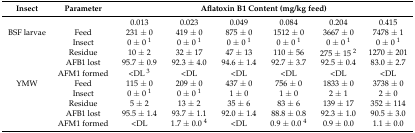
<table><thead><tr><td><b>Insect</b></td><td><b>Parameter</b></td><td colspan="6"><b>Aflatoxin B1 Content (mg/kg feed)</b></td></tr></thead><tbody><tr><td></td><td></td><td>0.013</td><td>0.023</td><td>0.049</td><td>0.084</td><td>0.204</td><td>0.415</td></tr><tr><td>BSF larvae</td><td>Feed</td><td>231 ± 0</td><td>419 ± 0</td><td>875 ± 0</td><td>1512 ± 0</td><td>3667 ± 0</td><td>7478 ± 1</td></tr><tr><td></td><td>Insect</td><td>0 ± 0 <sup>1</sup></td><td>0 ± 0 <sup>1</sup></td><td>0 ± 0 <sup>1</sup></td><td>0 ± 0 <sup>1</sup></td><td>0 ± 0 <sup>1</sup></td><td>0 ± 0 <sup>1</sup></td></tr><tr><td></td><td>Residue</td><td>10 ± 2</td><td>32 ± 17</td><td>47 ± 13</td><td>110 ± 56</td><td>275 ± 15 <sup>2</sup></td><td>1270 ± 201</td></tr><tr><td></td><td>AFB1 lost</td><td>95.7 ± 0.9</td><td>92.3 ± 4.0</td><td>94.6 ± 1.4</td><td>92.7 ± 3.7</td><td>92.5 ± 0.4</td><td>83.0 ± 2.7</td></tr><tr><td></td><td>AFM1 formed</td><td>&lt;DL <sup>3</sup></td><td>&lt;DL</td><td>&lt;DL</td><td>&lt;DL</td><td>&lt;DL</td><td>&lt;DL</td></tr><tr><td>YMW</td><td>Feed</td><td>115 ± 0</td><td>209 ± 0</td><td>437 ± 0</td><td>756 ± 0</td><td>1833 ± 0</td><td>3738 ± 0</td></tr><tr><td></td><td>Insect</td><td>0 ± 0 <sup>1</sup></td><td>0 ± 0 <sup>1</sup></td><td>1 ± 0</td><td>1 ± 0</td><td>2 ± 1</td><td>2 ± 0</td></tr><tr><td></td><td>Residue</td><td>5 ± 2</td><td>13 ± 2</td><td>35 ± 6</td><td>83 ± 6</td><td>139 ± 17</td><td>352 ± 114</td></tr><tr><td></td><td>AFB1 lost</td><td>95.5 ± 1.4</td><td>93.7 ± 1.1</td><td>92.0 ± 1.4</td><td>88.8 ± 0.8</td><td>92.3 ± 1.0</td><td>90.5 ± 3.0</td></tr><tr><td></td><td>AFM1 formed</td><td>&lt;DL</td><td>1.7 ± 0.0 <sup>4</sup></td><td>&lt;DL</td><td>0.9 ± 0.0 <sup>4</sup></td><td>0.9 ± 0.0</td><td>1.1 ± 0.0</td></tr></tbody></table>